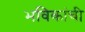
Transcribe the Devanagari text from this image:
भविकांची